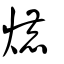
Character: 熝